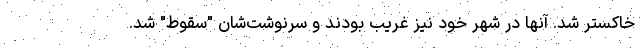
خاکستر شد. آنها در شهر خود نیز غریب بودند و سرنوشت‌شان "سقوط" شد.